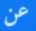
عن